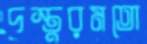
দস্তুরমতো